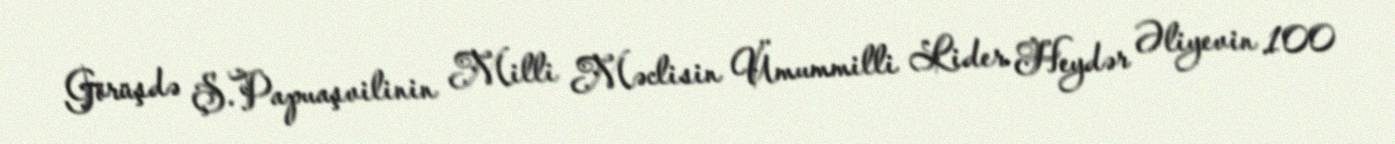
Görüşdə Ş.Papuaşvilinin Milli Məclisin Ümummilli Lider Heydər Əliyevin 100